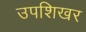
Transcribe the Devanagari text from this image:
उपशिखर